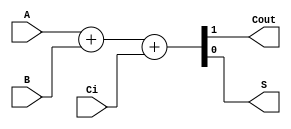
module sum1bcc (A, B, Ci,Cout,S);

// Se crean las variables de entrada y salida
  input  A;
  input  B;
  input  Ci;
  output Cout;
  output S;
  
// Creacin el registro de 2 bits el cual guardara el resultado de la suma
  reg [1:0] st;
  
// Se asigan las variables de salida a su respectiva posicion del registro
  assign S = st[0];
  assign Cout = st[1];
  
  
// Aqui se suman las variables de entrada y se guarda el resultado en el registro
  always @ ( * ) begin
  	st  = 	A+B+Ci;
  end
  
endmodule